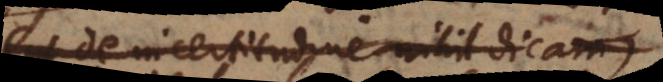
ut de incertitudine nihil dicam;